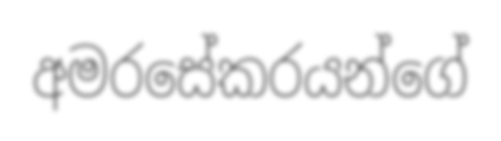
අමරසේකරයන්ගේ